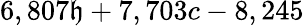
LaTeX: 6,807\mathfrak{h}+7,703c-8,245